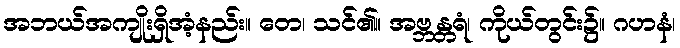
အဘယ်အကျိုးရှိအံ့နည်း။ တေ၊ သင်၏။ အဗ္ဘန္တရံ၊ ကိုယ်တွင်း၌။ ဂဟနံ၊